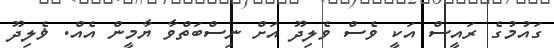
ގައުމުގެ ރައީސް އަކީ ވެސް ވެލިދޫ އަށް ނިސްބަތްވާ ޔާމީން އެއް. ޥެލިދޫ